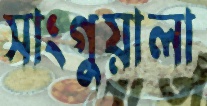
সাংগুয়ালা